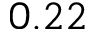
0 . 2 2